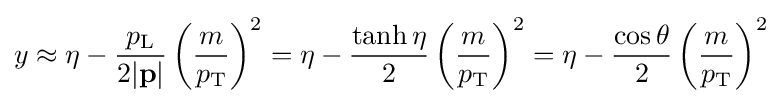
y\approx \eta -{\frac {p_{\text{L}}}{2|\mathbf {p} |}}\left({\frac {m}{p_{\text{T}}}}\right)^{2}=\eta -{\frac {\tanh {\eta }}{2}}\left({\frac {m}{p_{\text{T}}}}\right)^{2}=\eta -{\frac {\cos {\theta }}{2}}\left({\frac {m}{p_{\text{T}}}}\right)^{2}